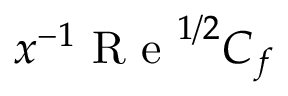
x ^ { - 1 } \textrm { R e } ^ { 1 / 2 } C _ { f }